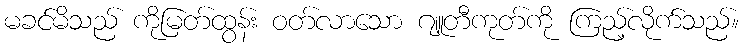
မခင်မိသည် ကိုမြတ်ထွန်း ဝတ်လာသော ဂျူတီကုတ်ကို ကြည့်လိုက်သည်။